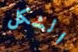
الشكل